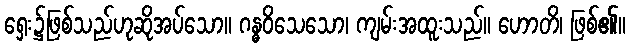
ရှေး၌ဖြစ်သည်ဟုဆိုအပ်သော။ ဂန္ဓဝိသေသော၊ ကျမ်းအထူးသည်။ ဟောတိ၊ ဖြစ်၏။